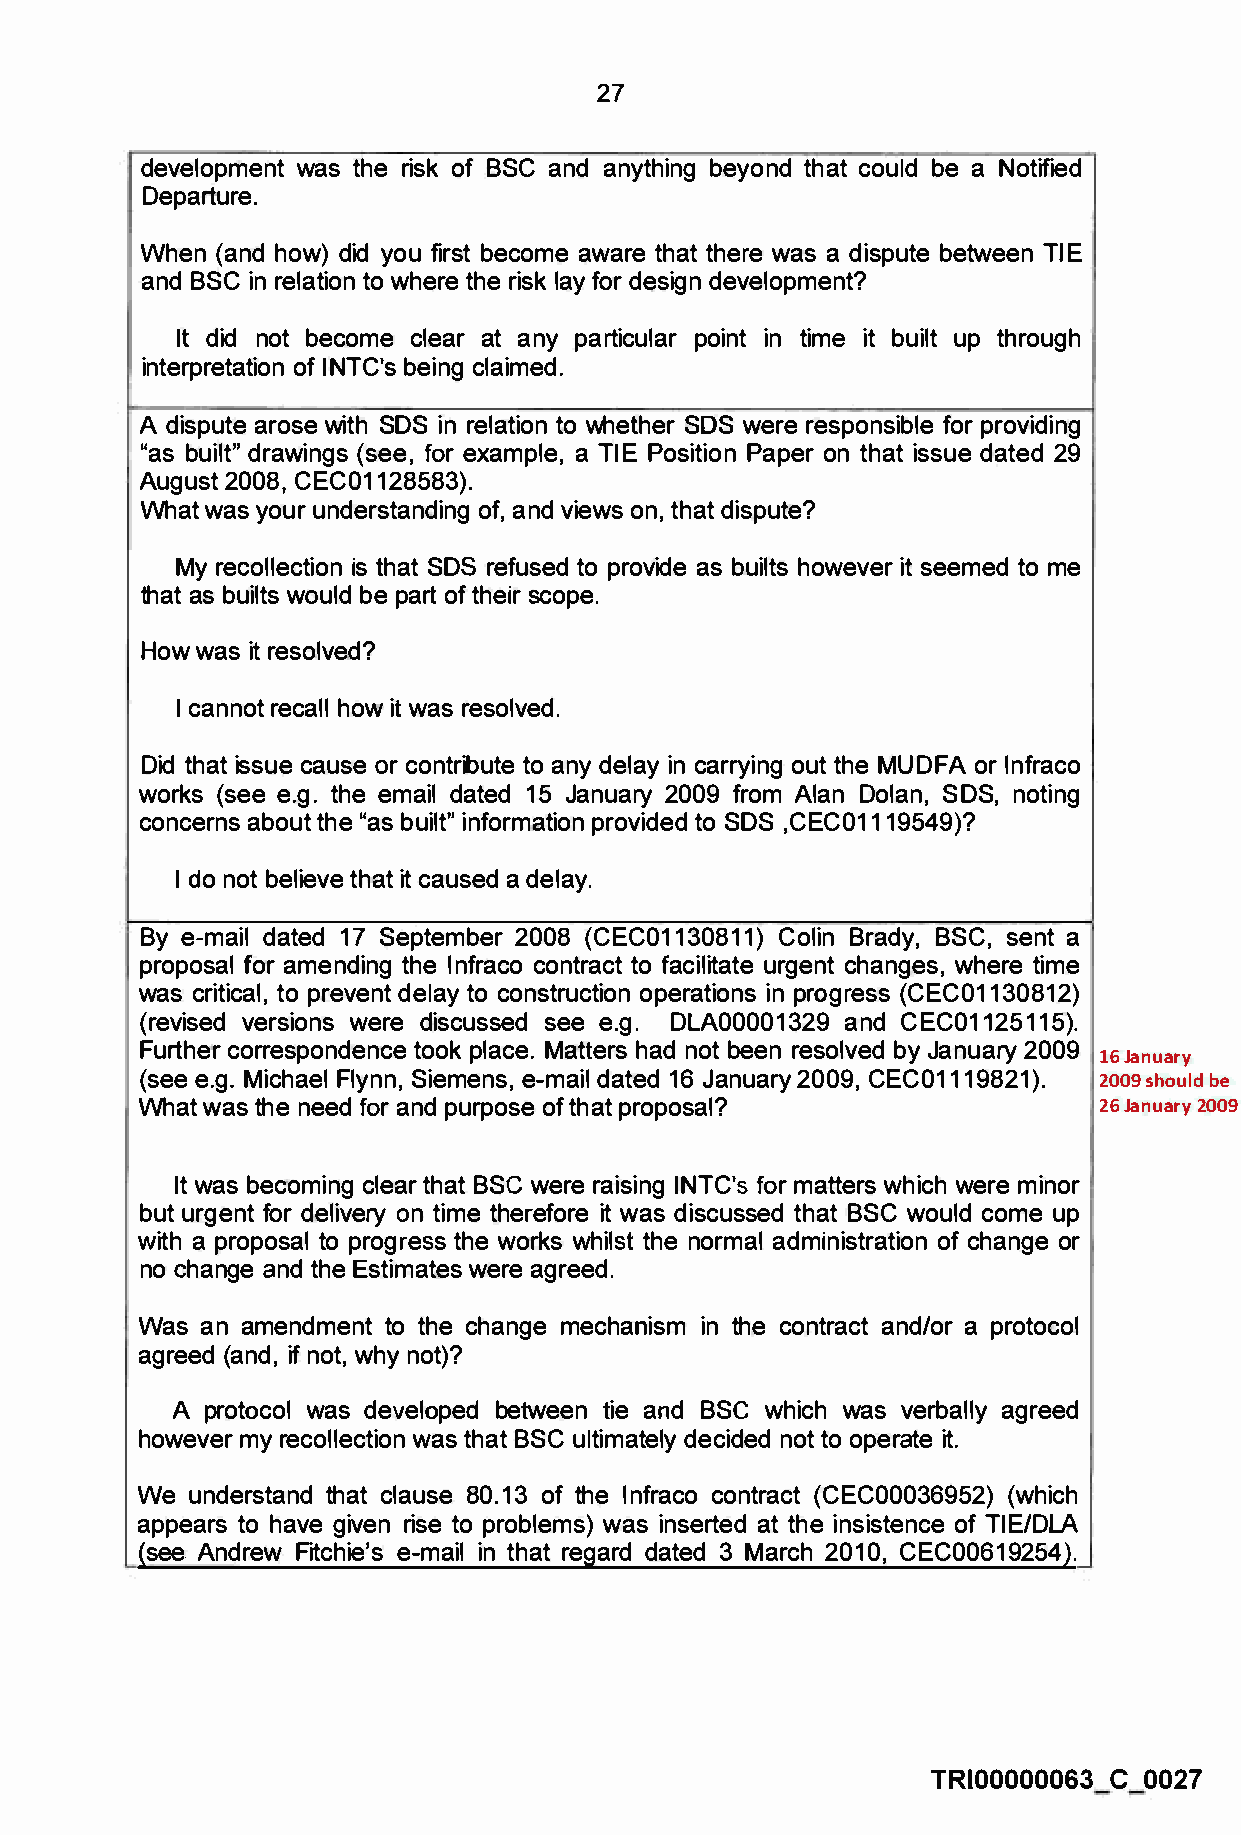
27
 development was the risk of BSC and anything beyond that could be a Notified
 Departure.
 When (and how) did you first become aware that there was a dispute between TIE
 and BSC in relation to where the risk lay for design development?
 It did not become clear at any particular point in time it built up through
 interpretation of INTC's being claimed.
 A dispute arose with SOS in relation to whether SOS were responsible for providing
 "as built" drawings (see, for example, a TIE Position Paper on that issue dated 29
 August 2008, CEC01128583).
 What was your understanding of, and views on, that dispute?
 My recollection is that SOS refused to provide as builts however it seemed to me
 that as builts would be part of their scope.
 How was it resolved?
 I cannot recall how it was resolved.
 Did that issue cause or contribute to any delay in carrying out the MUDFA or lnfraco
 works (see e.g. the email dated 15 January 2009 from Alan Dolan, SOS, noting
 concerns about the "as built" information provided to SOS ,CEC01119549)?
 I do not believe that it caused a delay.
 By e-mail dated 17 September 2008 (CEC01130811) Colin Brady, BSC, sent a
 proposal for amending the lnfraco contract to facilitate urgent changes, where time
 was critical, to prevent delay to construction operations in progress (CEC01130812)
 (revised versions were discussed see e.g. DLA00001329 and CEC01125115).
 Further correspondence took place. Matters had not been resolved by January 2009
 16 January
 (see e.g. Michael Flynn, Siemens, e-mail dated 16 January 2009, CEC01119821). 2009 should be
 What was the need for and purpose of that proposal?             26 January 2009
 It was becoming clear that BSC were raising INTC's for matters which were minor
 but urgent for delivery on time therefore it was discussed that BSC would come up
 with a proposal to progress the works whilst the normal administration of change or
 no change and the Estimates were agreed.
 Was an amendment to the change mechanism in the contract and/or a protocol
 agreed (and, if not, why not)?
 A protocol was developed between tie and BSC which was verbally agreed
 however my recollection was that BSC ultimately decided not to operate it.
 We understand that clause 80. 13 of the lnfraco contract (CEC00036952) (which
 appears to have given rise to problems) was inserted at the insistence of TIE/DLA
 (see. Andrew Fitchie's e-mail in that regard dated 3 March 2010, CEC00619254).
 TRI00000063 C 0027